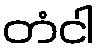
တံငါ